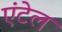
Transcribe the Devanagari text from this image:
एंटेल